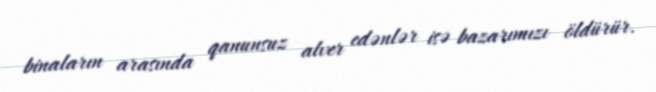
binaların arasında qanunsuz alver edənlər isə bazarımızı öldürür.